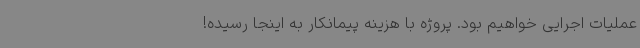
عملیات اجرایی خواهیم بود. پروژه با هزینه پیمانکار به اینجا رسیده!